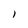
Character: I